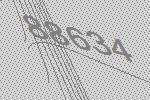
88634